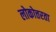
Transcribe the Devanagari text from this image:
लोकोत्तरता